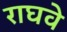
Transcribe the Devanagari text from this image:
राघवे